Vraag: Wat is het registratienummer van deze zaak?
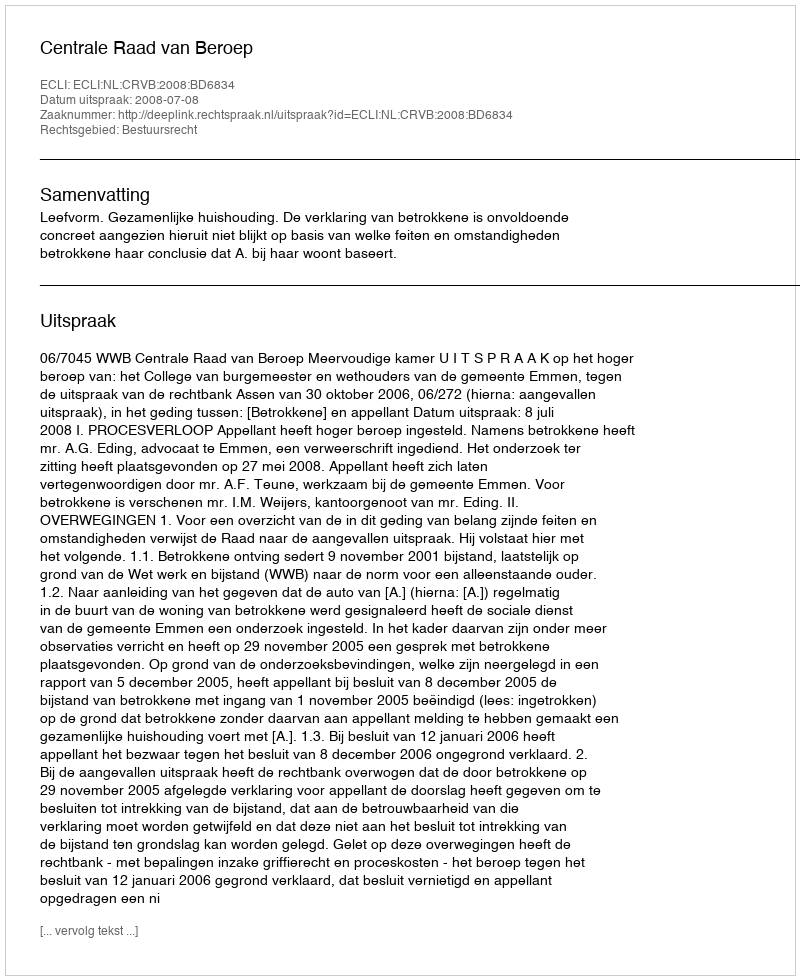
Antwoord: http://deeplink.rechtspraak.nl/uitspraak?id=ECLI:NL:CRVB:2008:BD6834